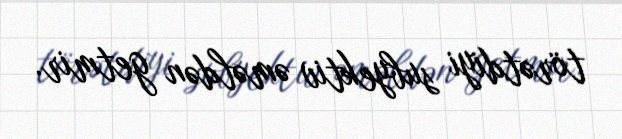
törətdiyi subyektiv əməldən getmir.